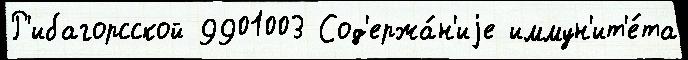
Р'ибагорсской 9901003 Сод'ержа́н'иjе иммун'ит'е́та